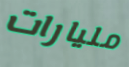
مليارات